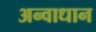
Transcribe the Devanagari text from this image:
अन्वाधान